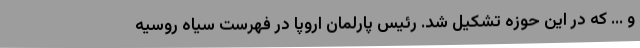
و ... که در این حوزه تشکیل شد. رئیس پارلمان اروپا در فهرست سیاه روسیه